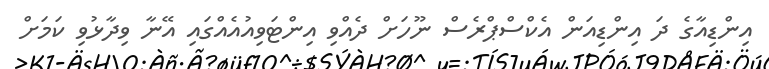
އިންޑިއާގެ ދަ އިންޑިއަން އެކްސްޕްރެސް ނޫހަށް ދެއްވި އިންޓަވިއުއެއްގައި އޭނާ ވިދާޅުވި ކަމަށް